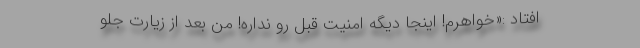
افتاد :«خواهرم! اینجا دیگه امنیت قبل رو نداره! من بعد از زیارت جلو